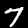
Digit: 7